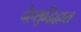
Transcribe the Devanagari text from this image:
देहशुद्धिद्वारा